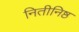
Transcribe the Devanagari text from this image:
नितीनिष्ठ